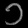
Digit: ၁